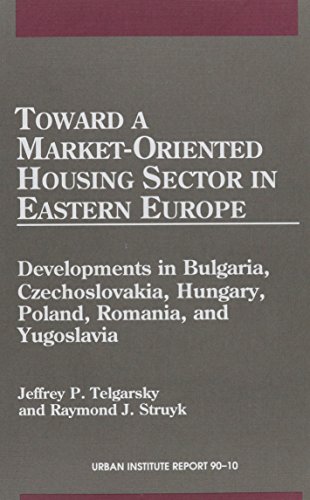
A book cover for TOWARD A MARKET-ORIENTED HOUSING SECTOR (Urban); Telgarsky; Law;